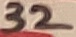
Text: 32